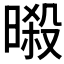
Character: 𣉜